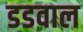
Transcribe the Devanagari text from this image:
डडवाल